French and German assistants in Scottish schools and training centres, 1936
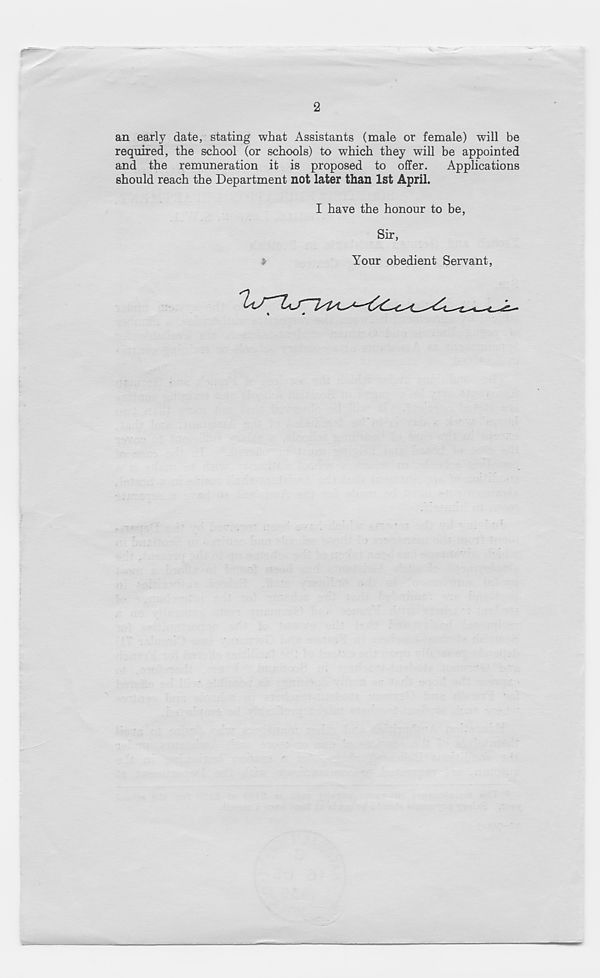
2
an early date, stating what Assistants (male or female) will be
required, the school (or schools) to which they will be appointed
and the remuneration it is proposed to offer. Applications
should reach the Department not later than 1st April.
I have the honour to be,
Sir,
*
Your obedient Servant,